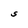
Character: S